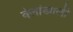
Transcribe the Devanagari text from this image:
वेलांखाली